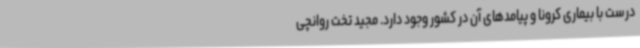
درست با بیماری کرونا و پیامدهای آن در کشور وجود دارد. مجید تخت روانچی